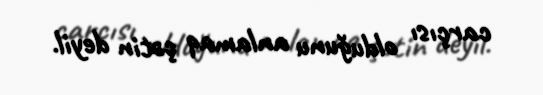
carçısı olduğunu anlamaq çətin deyil.